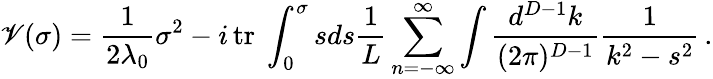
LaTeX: \mathscr{V}(\sigma)=\frac{{1}}{{2\lambda_{0}}}\sigma^{2}-i\, \mathrm{{tr}}\ \displaystyle\int_{0}^{\sigma}sds\frac{{1}}{{L}}\sum_{n=-\infty}^{\infty}\int\frac{{d^{D-1}k}}{{(2\pi)^{D-1}}}\frac{{1}}{{k^{2}-s^{2}}}\, .